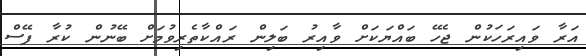
އަރާ ވައިރަހަކުން ޖެހޭ ބައްޔަކަށް ވާއިރު ބަލިން ރައްކާތެރިވުމަށް ބޭނުން ކުރާ ފޭސް